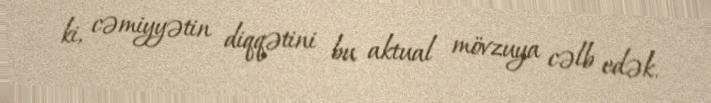
ki, cəmiyyətin diqqətini bu aktual mövzuya cəlb edək.